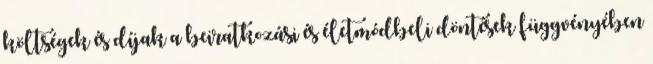
költségek és díjak a beiratkozási és életmódbeli döntések függvényében